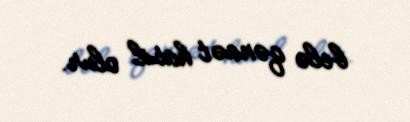
belə qənaət hasil olur.